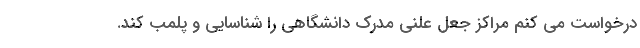
درخواست می کنم مراکز جعل علنی مدرک دانشگاهی را شناسایی و پلمب کند.